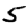
Digit: 5